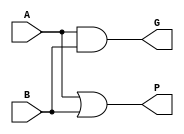
module OneBitStage (
    input  wire [3:0]  A,
    input  wire [3:0]  B,
    output wire [3:0]  G,
    output wire [3:0]  P
);

assign G = A & B;
assign P = A | B;  
endmodule